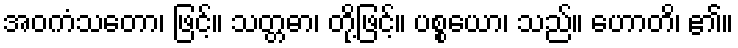
အဝကံသတော၊ ဖြင့်။ သတ္တဓာ၊ တို့ဖြင့်။ ပစ္စယော၊ သည်။ ဟောတိ၊ ၏။